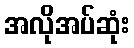
အလိုအပ်ဆုံး